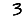
Digit: 3